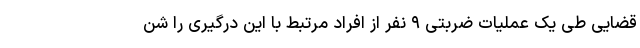
قضایی طی یک عملیات ضربتی ۹ نفر از افراد مرتبط با این درگیری را شن